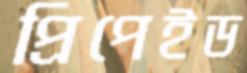
প্রিপেইড